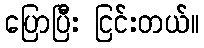
ပြောပြီး ငြင်းတယ်။